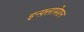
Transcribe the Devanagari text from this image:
इन्फ़्लामेशन